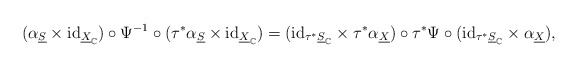
\begin{align*}(\alpha_{\underline{S}}\times\mathrm{id}_{\underline{X}_{\mathbb{C}}})\circ\Psi^{-1}\circ(\tau^{*}\alpha_{\underline{S}}\times\mathrm{id}_{\underline{X}_{\mathbb{C}}})=(\mathrm{id}_{\tau^{*}\underline{S}_{\mathbb{C}}}\times\tau^{*}\alpha_{\underline{X}})\circ\tau^{*}\Psi\circ(\mathrm{id}_{\tau^{*}\underline{S}_{\mathbb{C}}}\times\alpha_{\underline{X}}),\end{align*}